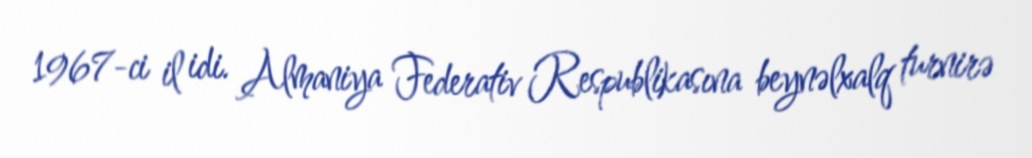
1967-ci il idi. Almaniya Federativ Respublikasına beynəlxalq turnirə